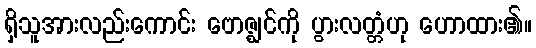
ရှိသူအားလည်းကောင်း ဗောဇ္ဈင်ကို ပွားလတ္တံဟု ဟောထား၏။